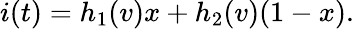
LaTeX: i(t)=h_{1}(v)x+h_{2}(v)(1-x).